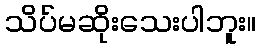
သိပ်မဆိုးသေးပါဘူး။